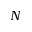
N